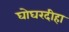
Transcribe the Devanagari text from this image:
घोघरदीहा